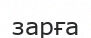
зарға